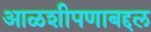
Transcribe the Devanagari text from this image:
आळशीपणाबद्दल